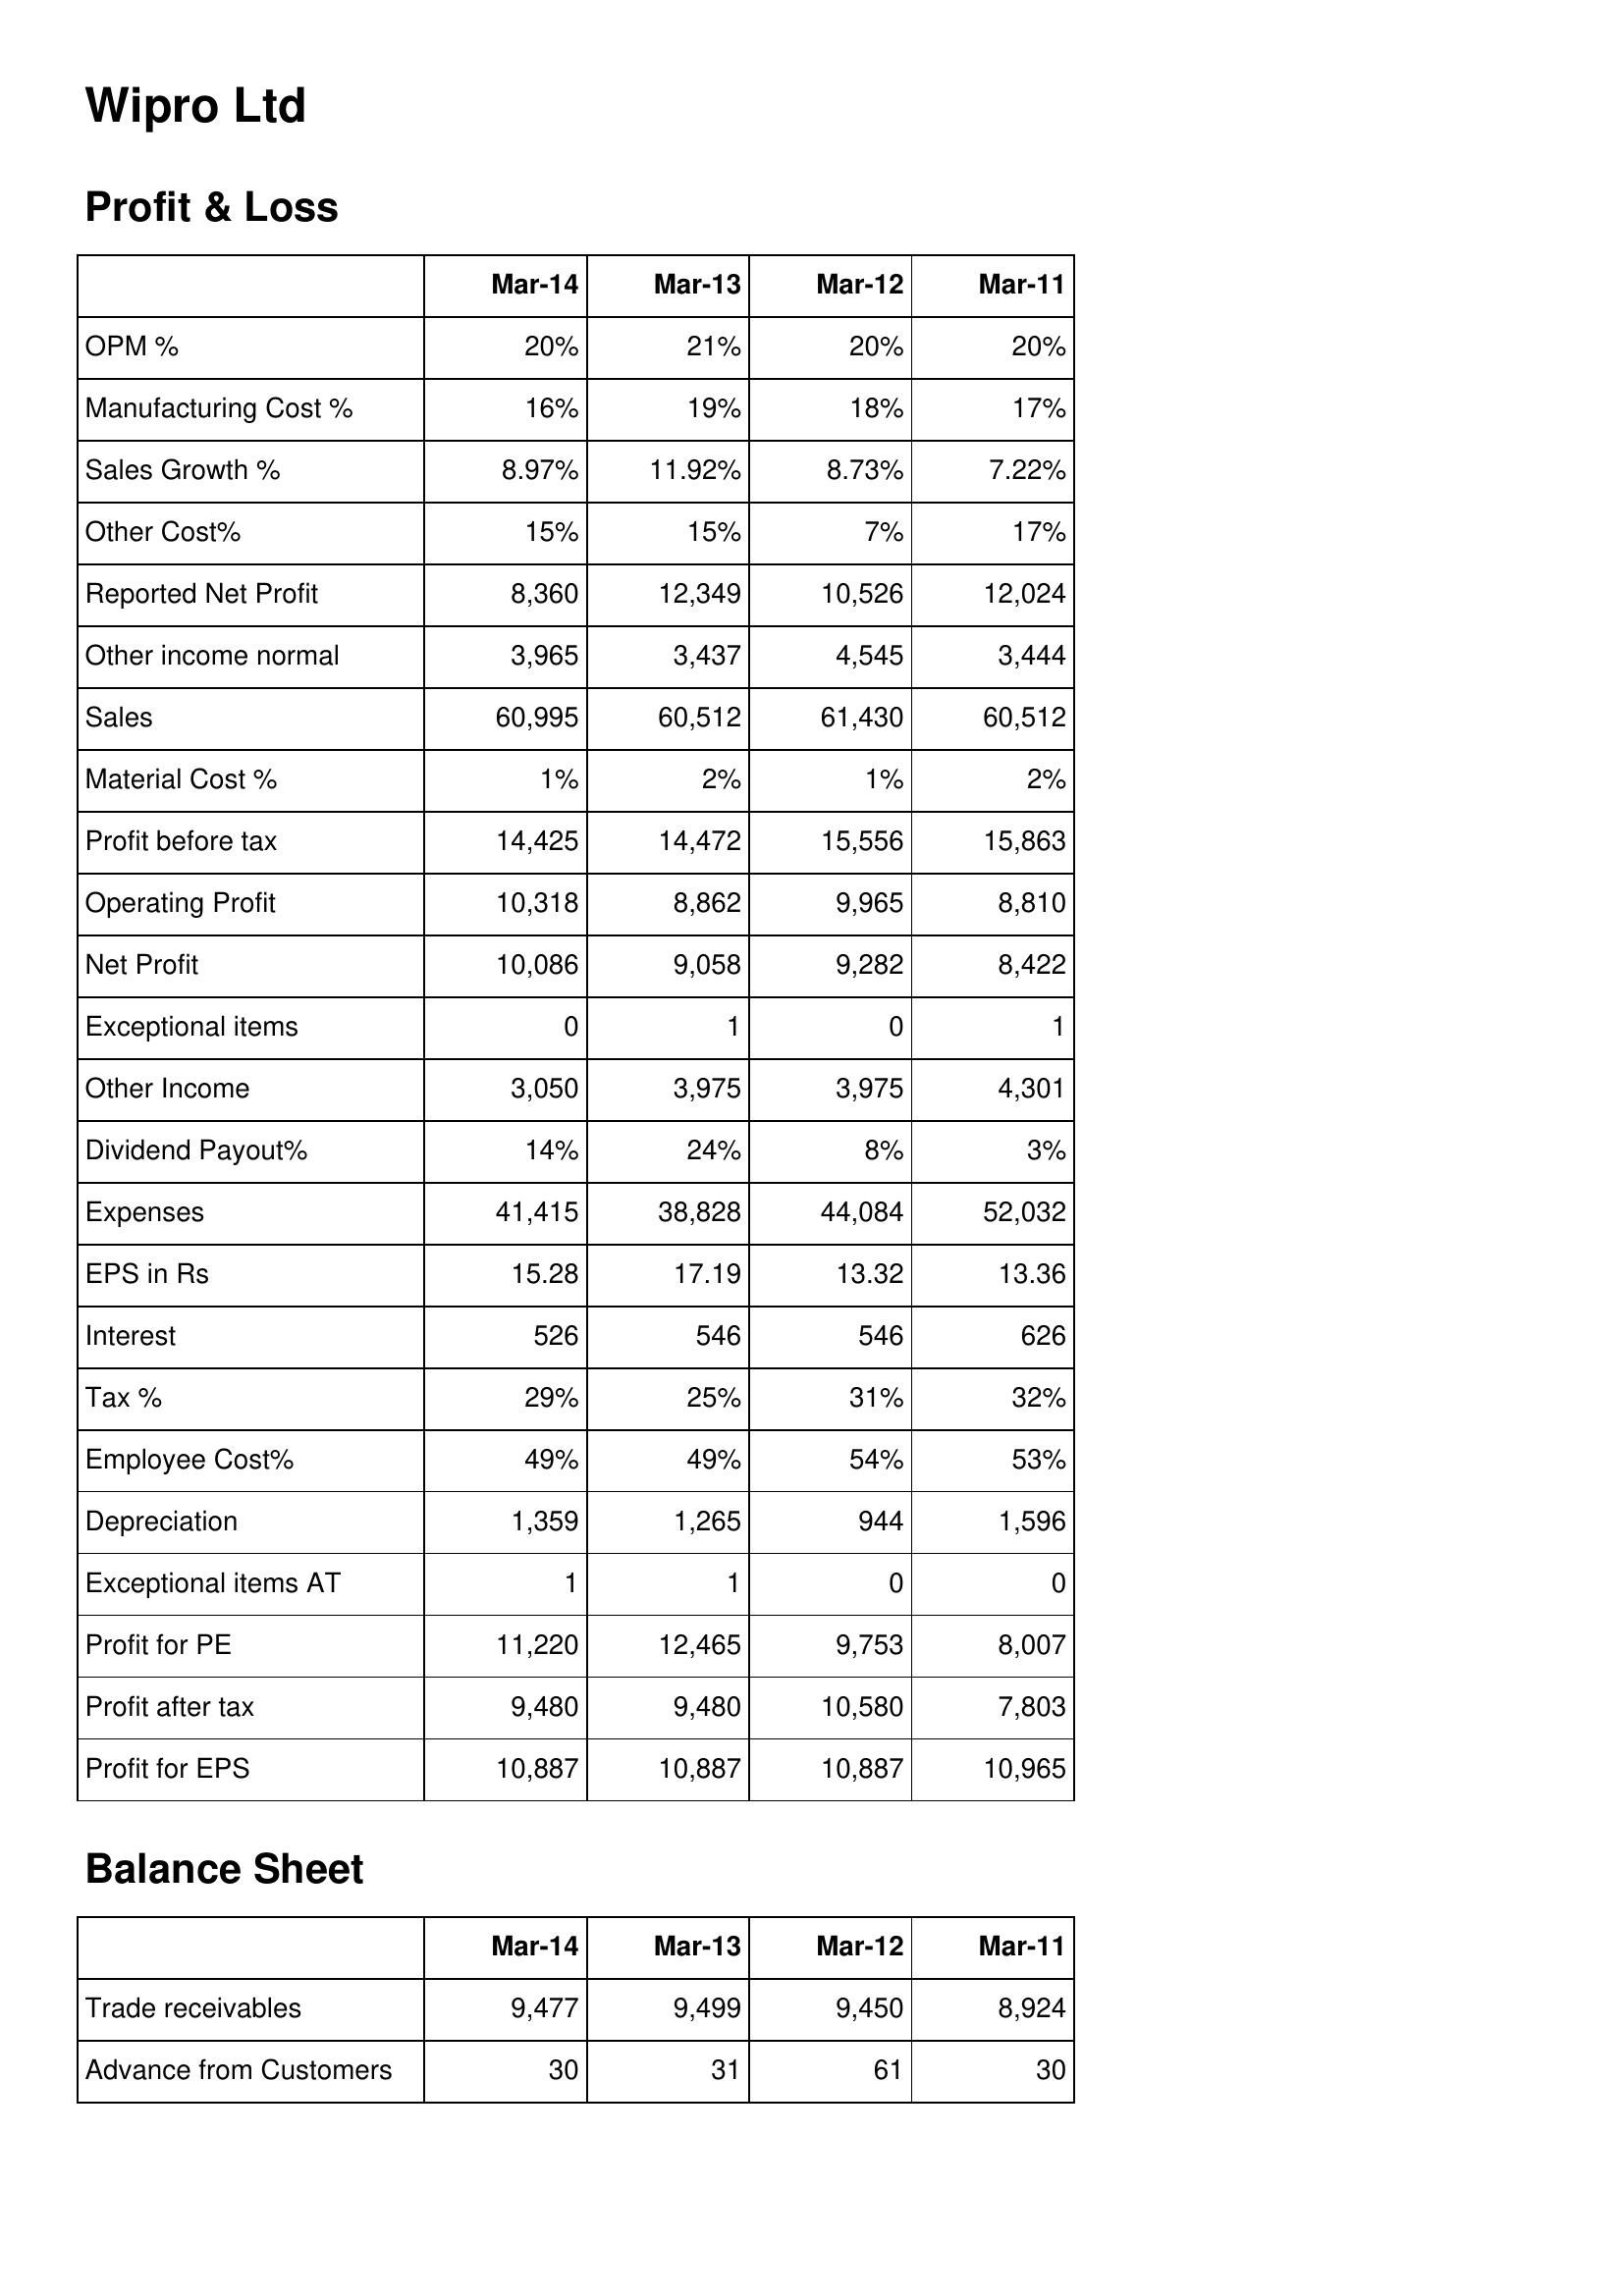
Mar-14: Profit & Loss: OPM %: 20%
Manufacturing Cost %: 16%
Sales Growth %: 8.97%
Other Cost%: 15%
Reported Net Profit: 8,360
Other income normal: 3,965
Sales: 60,995
Material Cost %: 1%
Profit before tax: 14,425
Operating Profit: 10,318
Net Profit: 10,086
Exceptional items: 0
Other Income: 3,050
Dividend Payout%: 14%
Expenses: 41,415
EPS in Rs: 15.28
Interest: 526
Tax %: 29%
Employee Cost%: 49%
Depreciation: 1,359
Exceptional items AT: 1
Profit for PE: 11,220
Profit after tax: 9,480
Profit for EPS: 10,887
Balance Sheet: Trade receivables: 9,477
Advance from Customers: 30
Mar-13: Profit & Loss: OPM %: 21%
Manufacturing Cost %: 19%
Sales Growth %: 11.92%
Other Cost%: 15%
Reported Net Profit: 12,349
Other income normal: 3,437
Sales: 60,512
Material Cost %: 2%
Profit before tax: 14,472
Operating Profit: 8,862
Net Profit: 9,058
Exceptional items: 1
Other Income: 3,975
Dividend Payout%: 24%
Expenses: 38,828
EPS in Rs: 17.19
Interest: 546
Tax %: 25%
Employee Cost%: 49%
Depreciation: 1,265
Exceptional items AT: 1
Profit for PE: 12,465
Profit after tax: 9,480
Profit for EPS: 10,887
Balance Sheet: Trade receivables: 9,499
Advance from Customers: 31
Mar-12: Profit & Loss: OPM %: 20%
Manufacturing Cost %: 18%
Sales Growth %: 8.73%
Other Cost%: 7%
Reported Net Profit: 10,526
Other income normal: 4,545
Sales: 61,430
Material Cost %: 1%
Profit before tax: 15,556
Operating Profit: 9,965
Net Profit: 9,282
Exceptional items: 0
Other Income: 3,975
Dividend Payout%: 8%
Expenses: 44,084
EPS in Rs: 13.32
Interest: 546
Tax %: 31%
Employee Cost%: 54%
Depreciation: 944
Exceptional items AT: 0
Profit for PE: 9,753
Profit after tax: 10,580
Profit for EPS: 10,887
Balance Sheet: Trade receivables: 9,450
Advance from Customers: 61
Mar-11: Profit & Loss: OPM %: 20%
Manufacturing Cost %: 17%
Sales Growth %: 7.22%
Other Cost%: 17%
Reported Net Profit: 12,024
Other income normal: 3,444
Sales: 60,512
Material Cost %: 2%
Profit before tax: 15,863
Operating Profit: 8,810
Net Profit: 8,422
Exceptional items: 1
Other Income: 4,301
Dividend Payout%: 3%
Expenses: 52,032
EPS in Rs: 13.36
Interest: 626
Tax %: 32%
Employee Cost%: 53%
Depreciation: 1,596
Exceptional items AT: 0
Profit for PE: 8,007
Profit after tax: 7,803
Profit for EPS: 10,965
Balance Sheet: Trade receivables: 8,924
Advance from Customers: 30